On a parasite found in persons suffering from enlargement of the spleen in India - Number 15
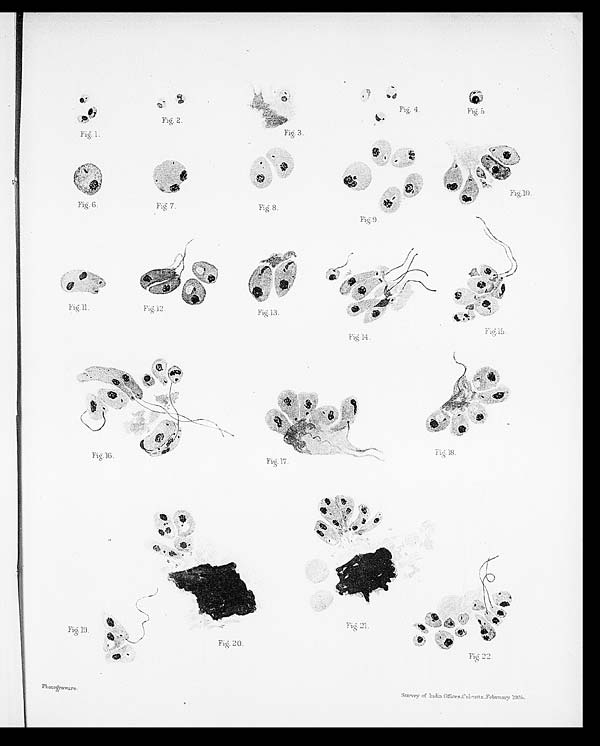
Fig. 9
Fig. 7.
Fig. 8 .
Fig.13
Fig.14.
Fig.15.
Fig. 18.
Fig. 17.
Fig. 19.
Fig. 21.
Fig. 5.
Fig. 1 .
Fig. 4.
Fig. 2.
Fig. 10.
Fig. 20.
Fig. 22.
Photogravure.
Survey of India Offices, Calcutta, February 1905.